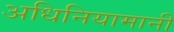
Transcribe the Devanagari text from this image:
अधिनियामानी